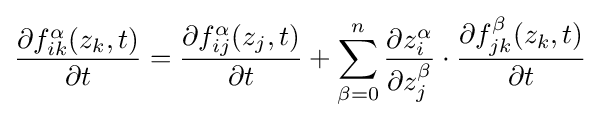
{\begin{aligned}{\frac {\partial f_{ik}^{\alpha }(z_{k},t)}{\partial t}}&={\frac {\partial f_{ij}^{\alpha }(z_{j},t)}{\partial t}}+\sum _{\beta =0}^{n}{\frac {\partial z_{i}^{\alpha }}{\partial z_{j}^{\beta }}}\cdot {\frac {\partial f_{jk}^{\beta }(z_{k},t)}{\partial t}}\\\end{aligned}}